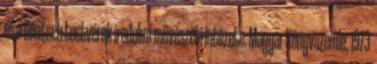
és a Deutsch testvérek irodalmi-művészeti intézete. Magyar Könyvszemle, 1973